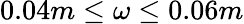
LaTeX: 0.04m\le\omega\le 0.06m